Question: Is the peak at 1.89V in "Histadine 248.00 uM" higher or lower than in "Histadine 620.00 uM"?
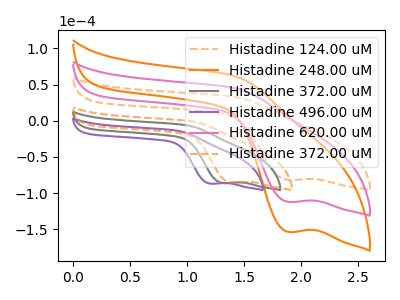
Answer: <think>The orange dashed curve "Histadine 124.00 uM" has a cathodic peak at: (1.90V, -81.95uA). The orange curve "Histadine 248.00 uM" has a cathodic peak at: (1.90V, -224.35uA). The gray curve "Histadine 372.00 uM" has a cathodic peak at: (1.30V, -86.15uA). The purple curve "Histadine 496.00 uM" has a cathodic peak at: (1.20V, -86.95uA). The pink curve "Histadine 620.00 uM" has a cathodic peak at: (1.90V, -112.15uA). The orange dashed curve "Histadine 372.00 uM" has a cathodic peak at: (1.40V, -85.60uA).</think>
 <answer>The peak at 1.89V is higher in "Histadine 248.00 uM" than in "Histadine 620.00 uM".</answer>
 <eval>higher</eval>